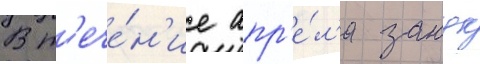
В т'ече́н'ие апр'е́л'я занук